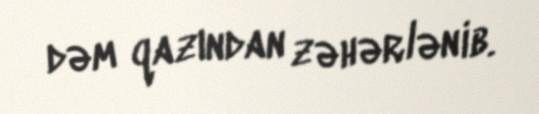
dəm qazından zəhərlənib.